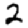
Digit: 2